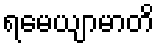
ရမေယျာမာတိ